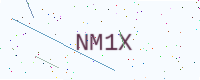
Text: NM1X